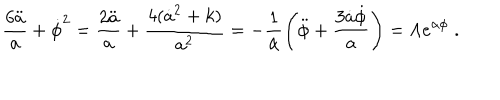
LaTeX: \frac { 6 \ddot { a } } { a } + \dot { \phi } ^ { 2 } = \frac { 2 \ddot { a } } { a } + \frac { 4 ( \dot { a } ^ { 2 } + k ) } { a ^ { 2 } } = - \frac { 1 } { \alpha } \left( \ddot { \phi } + \frac { 3 \dot { a } \dot { \phi } } { a } \right) = \Lambda e ^ { \alpha \phi } \; .